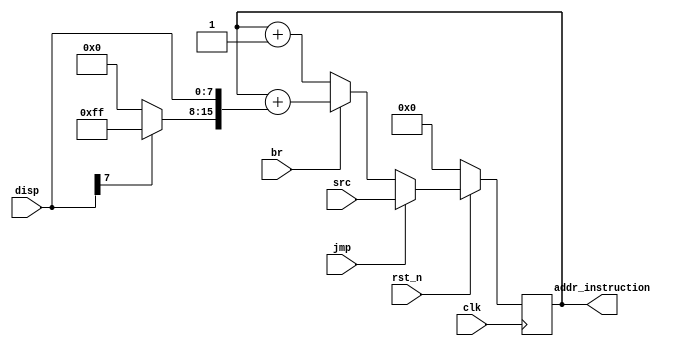
`timescale 1ns/1ps

        
module pc (
	//global signal
    input clk,
	input rst_n,
	
	//control signal
	input jmp,
	input br,
	
	//instuction datapath
    input [15:0] src,
    input [7:0] disp,

	output reg [15:0]addr_instruction
);
	
    wire [15:0] disp_signed_extension;

    assign disp_signed_extension [15:8] = disp[7] ? 8'b11111111 : 8'b00000000;
    assign disp_signed_extension [7:0] = disp;
    

    always@(posedge clk) begin
////// insert code 
		
		if(~rst_n) addr_instruction <= 0;
		
		else begin
			//branch
			if(jmp)
				addr_instruction <= src;
				
			//jmp
			else if(br)
				addr_instruction <= addr_instruction + disp_signed_extension;
		
			//else
			else addr_instruction <= addr_instruction + 16'h0001;
		end
	end

endmodule